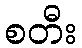
စတီး